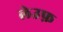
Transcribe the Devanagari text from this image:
लेउफ़